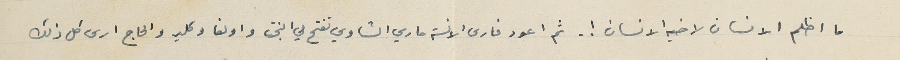
ما اظلم الانسان لاخيه الانسان ! . ثم اعود فارى الانسة ماري الشاوي تفتح لي البخت واولغا وكلير والحاج ارى كل ذلك